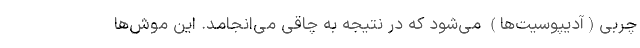
چربی(آدیپوسیت‌ها) می‌شود که در نتیجه به چاقی می‌انجامد. این موش‌ها